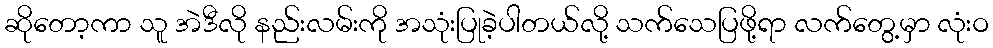
ဆိုတော့ကာ သူ အဲဒီလို နည်းလမ်းကို အသုံးပြုခဲ့ပါတယ်လို့ သက်သေပြဖို့ရာ လက်တွေ့မှာ လုံးဝ